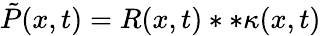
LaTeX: \tilde{P}(x,t)=R(x,t)**\kappa(x,t)